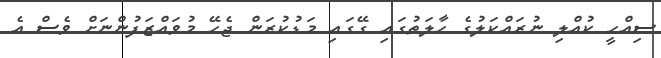
ސިއްހީ ކުއްލި ނުރައްކަލުގެ ހާލަތުގައި ގޭގައި މަޑުކުރަން ޖެހޭ މުވައްޒަފުންނަށް ވެސް އެ